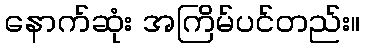
နောက်ဆုံး အကြိမ်ပင်တည်း။